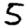
Digit: 5